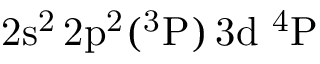
\mathrm { 2 s ^ { 2 } \, 2 p ^ { 2 } ( ^ { 3 } P ) \, 3 d ~ ^ { 4 } P }